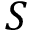
S